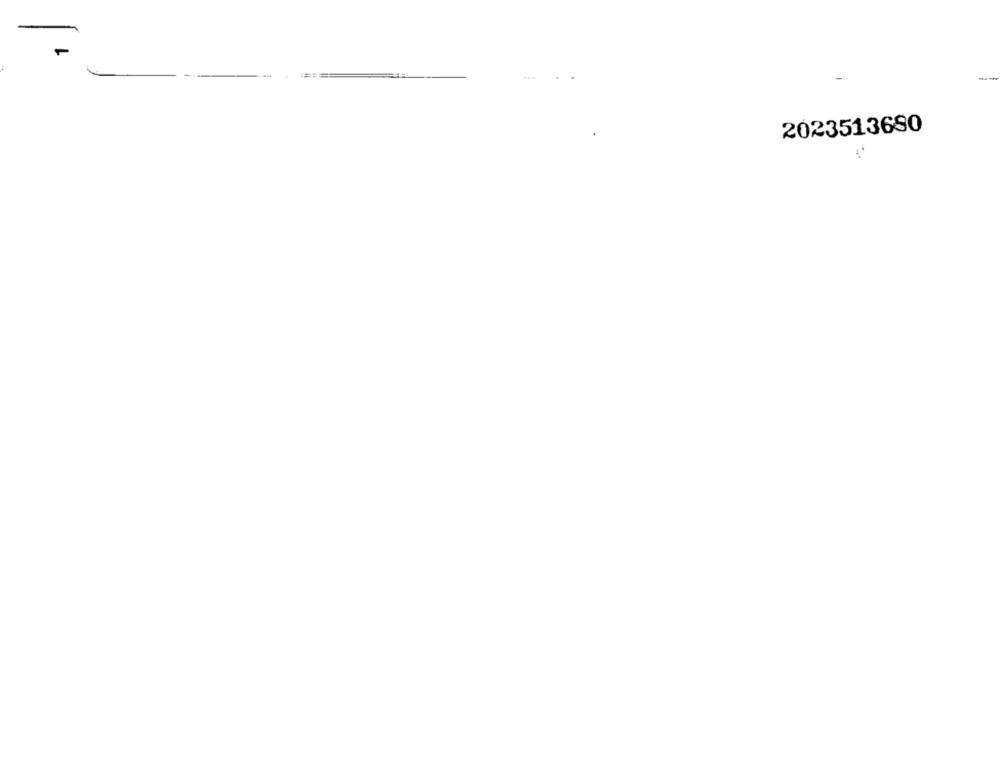
-
2023513680